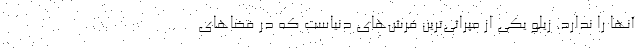
آنها را ندارد. زیلو یکی از میراثی‌ترین فرش‌های دنیاست که در فضاهای